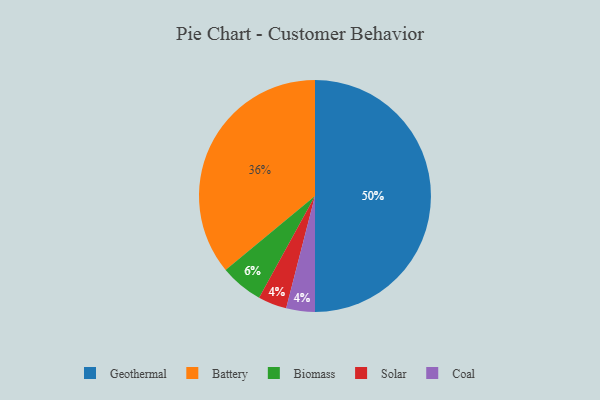
{"axis": {"x": "Category", "y": "Percentage"}, "legend": ["Battery", "Biomass", "Coal", "Geothermal", "Solar"], "data": [{"x": "Biomass", "y": 6, "type": "Biomass"}, {"x": "Solar", "y": 4, "type": "Solar"}, {"x": "Geothermal", "y": 50, "type": "Geothermal"}, {"x": "Battery", "y": 36, "type": "Battery"}, {"x": "Coal", "y": 4, "type": "Coal"}]}